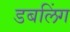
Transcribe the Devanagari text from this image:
डबलिंग